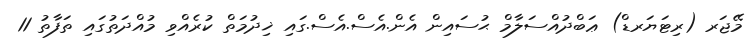
މޭޖަރ (ރިޓަޔަރޑް) ޢަބްދުއްސަލާމް ޙުސައިން އެން.އެސް.އެސް.ގައި ޚިދުމަތް ކުރެއްވި މުއްދަތުގައި ތަފާތު 11